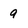
Character: 9